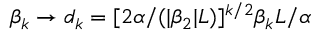
\beta _ { k } \rightarrow d _ { k } = [ 2 \alpha / ( | \beta _ { 2 } | L ) ] ^ { k / 2 } \beta _ { k } L / \alpha